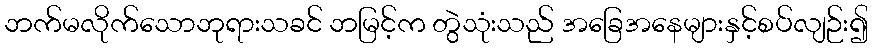
ဘက်မလိုက်သောဘုရားသခင် ဘမြင့်က တွဲသုံးသည် အခြေအနေများနှင့်စပ်လျဉ်း၍